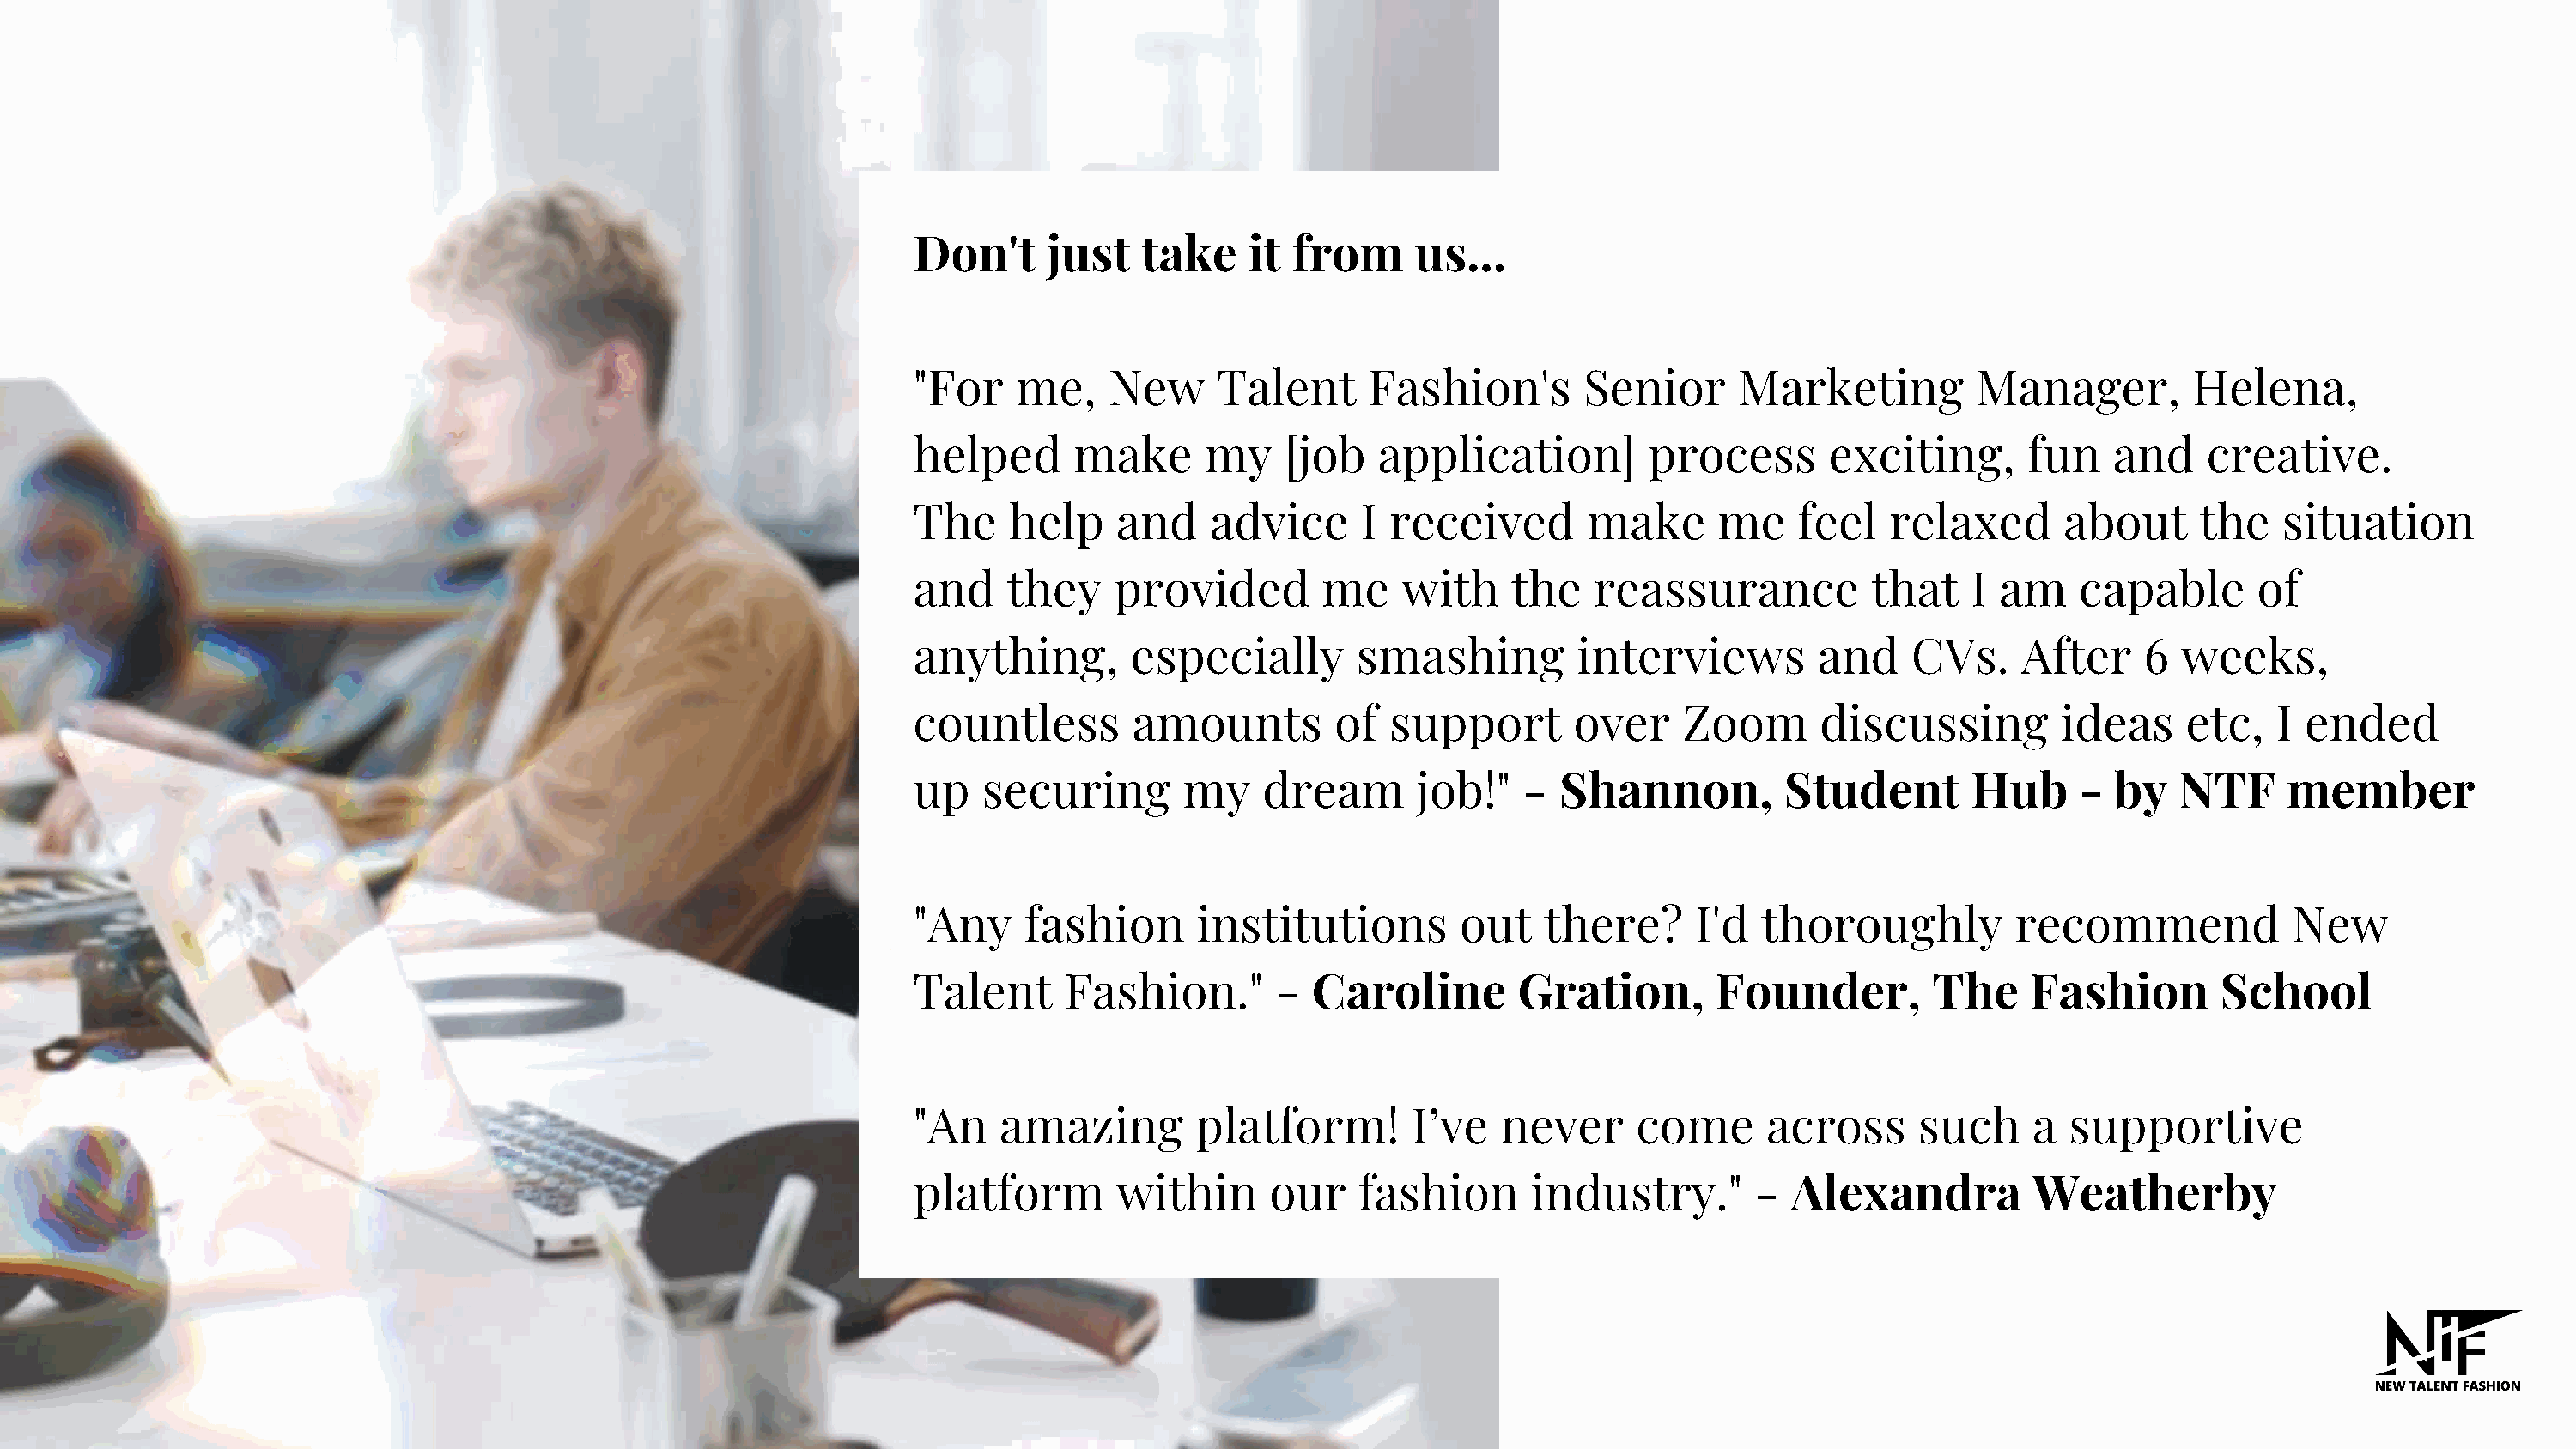
Don't      just   take    it  from     us...
 "For    me,    New      Talent     Fashion's        Senior      Marketing         Manager,         Helena,
 helped       make      my    [job   application]         process       exciting,      fun    and    creative.
 The     help    and    advice      I received       make      me     feel   relaxed      about      the   situation
 and     they    provided        me    with     the   reassurance          that    I am    capable       of
 anything,        especially        smashing         interviews        and    CVs.     After    6  weeks,
 countless        amounts         of  support       over     Zoom      discussing         ideas     etc,  I  ended
 up    securing       my    dream       job!"   -  Shannon,          Student       Hub     -  by   NTF     member
 "Any     fashion      institutions         out   there?      I'd  thoroughly         recommend             New
 Talent      Fashion."       -  Caroline        Gration,       Founder,         The     Fashion       School
 "An    amazing        platform!        I’ve   never     come      across      such     a  supportive
 platform        within      our    fashion      industry."       -  Alexandra          Weatherby